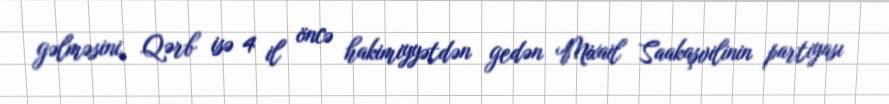
gəlməsini, Qərb isə 4 il öncə hakimiyyətdən gedən Mixail Saakaşvilinin partiyası